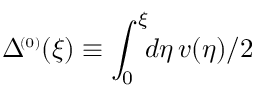
\Delta \! ^ { { \scriptscriptstyle ( 0 ) } } ( \xi ) \equiv \int _ { 0 } ^ { \xi } \! \! d \eta \, v ( \eta ) / 2